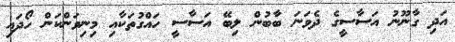
އަދި ގާނޫނު އަސާސީގެ ދެވަނަ ބާބުން ލިބޭ އަސާސީ ހައްގުތަކާއި މިނިވަންކަން ހޯދައި